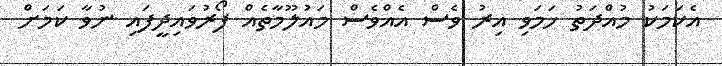
އެކަމަކު މުއްދަތު ހަމަވި އިރު ވެސް އެއްވެސް މައުލޫމާތެއް ފޯރުވައިދީފައި ނުވާ ކަމަށް